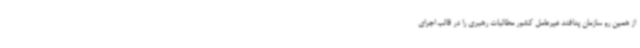
از همین رو سازمان پدافند غیرعامل کشور مطالبات رهبری را در قالب اجرای